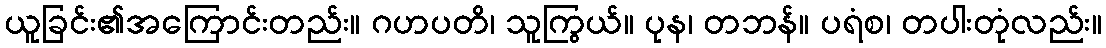
ယူခြင်း၏အကြောင်းတည်း။ ဂဟပတိ၊ သူကြွယ်။ ပုန၊ တဘန်။ ပရံစ၊ တပါးတုံလည်း။